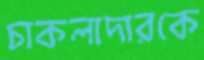
চাকলাদারকে